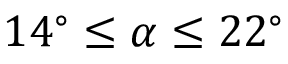
1 4 ^ { \circ } \le \alpha \le 2 2 ^ { \circ }